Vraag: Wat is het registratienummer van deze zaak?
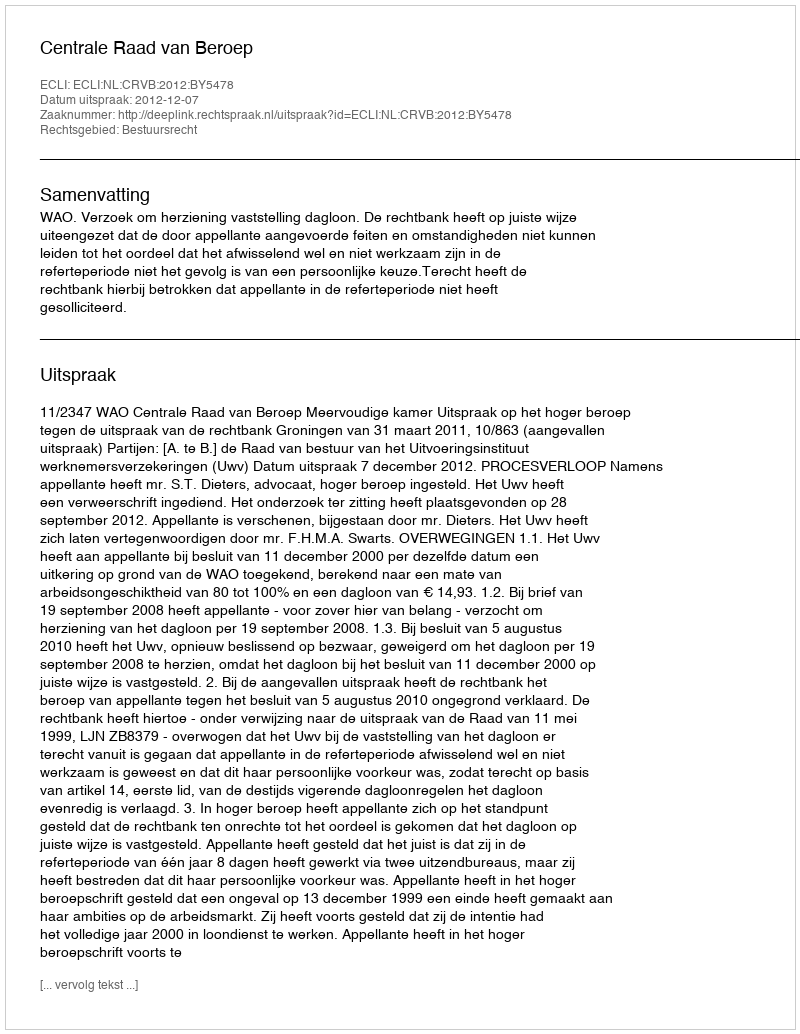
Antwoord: http://deeplink.rechtspraak.nl/uitspraak?id=ECLI:NL:CRVB:2012:BY5478